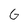
Character: G